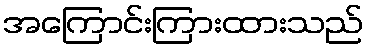
အကြောင်းကြားထားသည်